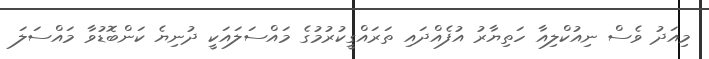
މިއަދު ވެސް ނިއުކްލިއާ ހަތިޔާރު އުފެއްދައި ތަރައްގީކުރުމުގެ މައްސަލައަކީ ދުނިޔެ ކަންބޮޑުވާ މައްސަލަ